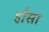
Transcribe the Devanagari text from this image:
हाँसा